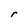
Character: r